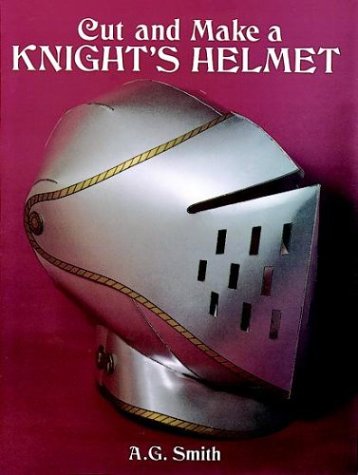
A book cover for Cut and Make a Knight's Helmet (Dover Children's Activity Books); A. G. Smith; Teen & Young Adult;